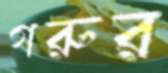
গরুর